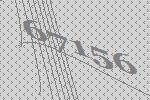
67156